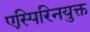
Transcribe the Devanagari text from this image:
एस्पिरिनयुक्त